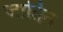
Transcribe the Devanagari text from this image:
जातिन